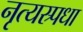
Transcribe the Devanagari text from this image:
नृत्यस्र्पधा